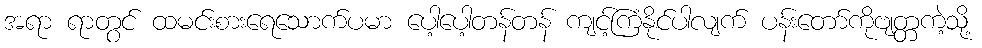
အရာ ရာတွင် ထမင်းစားရေသောက်ပမာ ပေါ့ပေါ့တန်တန် ကျင့်ကြံနိုင်ပါလျက် ပန်းတော်ကိုဗျတ္တကဲ့သို့